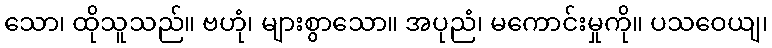
သော၊ ထိုသူသည်။ ဗဟုံ၊ များစွာသော။ အပုညံ၊ မကောင်းမှုကို။ ပသဝေယျ၊